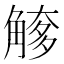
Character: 𧤌